Insane asylums in Bengal annual reports 1867-1875 - 1867-1875
Year: 1867
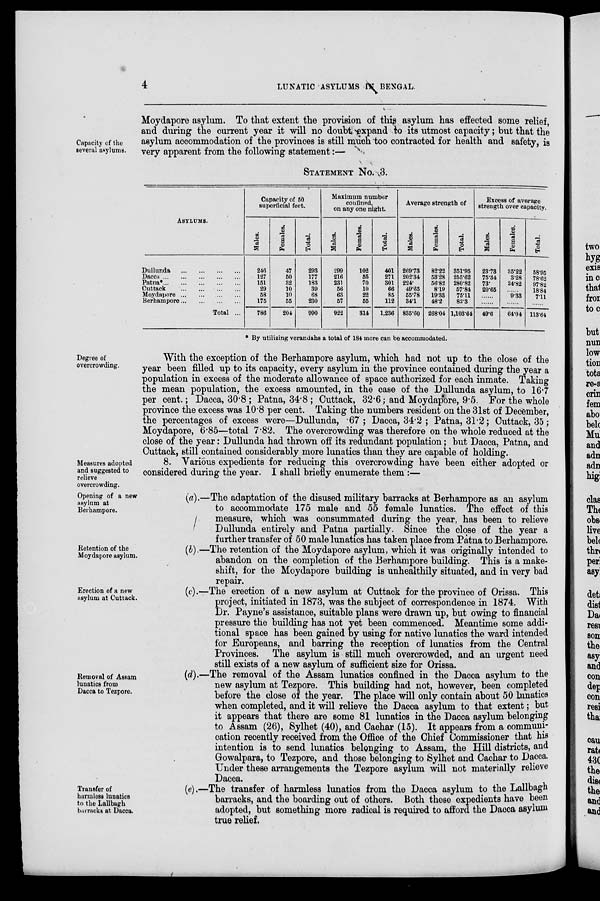
4
LUNATIC ASYLUMS IN BENGAL.
Capacity of the
several asylums.
Moydapore asylum. To that extent the provision of this asylum has effected some relief,
and during the current year it will no doubt expand to its utmost capacity; but that the
asylum accommodation of the provinces is still much too contracted for health and safety, is
very apparent from the following statement:—
STATEMENT No. 3.
ASYLUMS.
Dullunda
...
...
...
...
Dacca
...
...
...
...
...
Patna*
...
...
...
...
...
Cuttack ...
...
...
...
Moydapore
... ... ... ...
Berhampore
...
...
...
...
Total ...
Capacity of 50
superficial feet.
Males.
246
127
151
29
58
175
786
Females.
47
50
32
10
10
55
204
Total.
293
177
183
39
68
230
990
Maximum number
confined,
on any one night.
Males.
299
216
231
56
63
57
922
Females.
102
55
70
10
22
55
314
Total.
401
271
301
66
85
112
1,236
Average strength of
Males.
269.73
202.34
224.
49.65
55.78
34.1
835.60
Females.
82.22
53.28
56.82
8.19
19.33
48.2
268.04
Total.
351.95
255.62
280.82
57.84
75.11
82.3
1,103.64
Excess of average
strength over capacity.
Males.
23.78
75.34
73.
20.65
......
......
49.6
Females.
35.22
3.28
24.82
......
9.33
......
64.04
Total.
58.95
78.62
97.82
18.84
7.11
......
113.64
* By utilizing verandahs a total of 184 more can be accommodated.
Degree of
overcrowding.
With the exception of the Berhampore asylum, which had not up to the close of the
year been filled up to its capacity, every asylum in the province contained during the year a
population in excess of the moderate allowance of space authorized for each inmate. Taking
the mean population, the excess amounted, in the case of the Dullunda asylum, to 16.7
per cent.; Dacca, 30.8 ; Patna, 34.8 ; Cuttack, 32.6; and Moydapore, 9.5. For the whole
province the excess was 10.8 per cent. Taking the numbers resident on the 31st of December,
the percentages of excess were—Dullunda, .67; Dacca, 34.2 ; Patna, 31.2; Cuttack, 35;
Moydapore, 6.85—total 7.82. The overcrowding was therefore on the whole reduced at the
close of the year: Dullunda had thrown off its redundant population; but Dacca, Patna, and
Cuttack, still contained considerably more lunatics than they are capable of holding.
Measures adopted
and suggested to
relieve
overcrowding.
8. Various expedients for reducing this overcrowding have been either adopted or
considered during the year. I shall briefly enumerate them :—
Opening of a new
asylum at
Berhampore.
(a).—The adaptation of the disused military barracks at Berhampore as an asylum
to accommodate 175 male and 55 female lunatics. The effect of this
measure, which was consummated during the year, has been to relieve
Dullunda entirely and Patna partially. Since the close of the year a
further transfer of 50 male lunatics has taken place from Patna to Berhampore.
Retention of the
Moydapore asylum.
(b).—The retention of the Moydapore asylum, which it was originally intended to
abandon on the completion of the Berhampore building. This is a make-
shift, for the Moydapore building is unhealthily situated, and in very bad
repair.
Erection of a new
asylum at Cuttack.
(c).—The erection of a new asylum at Cuttack for the province of Orissa. This
project, initiated in 1873, was the subject of correspondence in 1874. With
Dr. Payne's assistance, suitable plans were drawn up, but owing to financial
pressure the building has not yet been commenced. Meantime some addi-
tional space has been gained by using for native lunatics the ward intended
for Europeans, and barring the reception of lunatics from the Central
Provinces. The asylum is still much overcrowded, and an urgent need
still exists of a new asylum of sufficient size for Orissa.
Removal of Assam
lunatics from
Dacca to Tezpore.
(d).—The removal of the Assam lunatics confined in the Dacca asylum to the
new asylum at Tezpore. This building had not, however, been completed
before the close of the year. The place will only contain about 50 lunatics
when completed, and it will relieve the Dacca asylum to that extent; but
it appears that there are some 81 lunatics in the Dacca asylum belonging
to Assam (26), Sylhet (40), and Cachar (15). It appears from a communi-
cation recently received from the Office of the Chief Commissioner that his
intention is to send lunatics belonging to Assam, the Hill districts, and
Gowalpara, to Tezpore, and those belonging to Sylhet and Cachar to Dacca.
Under these arrangements the Tezpore asylum will not materially relieve
Dacca.
Transfer of
harmless lunatics
to the Lallbagh
barracks at Dacca.
(e).—The transfer of harmless lunatics from the Dacca asylum to the Lallbagh
barracks, and the boarding out of others. Both these expedients have been
adopted, but something more radical is required to afford the Dacca asylum
true relief.